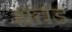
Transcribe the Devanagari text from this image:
मत्तड